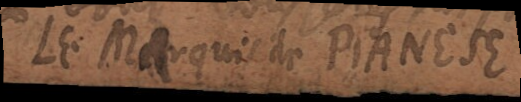
Le marquis de PIANESE.